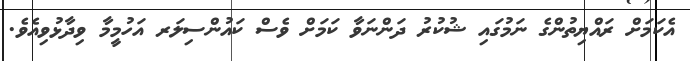
އެކަމަށް ރައްޔިތުންގެ ނަމުގައި ޝުކުރު ދަންނަވާ ކަމަށް ވެސް ކައުންސިލަރ އަަހުމީމާ ވިދާޅުވިއެވެ.